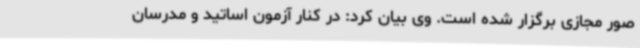
صور مجازی برگزار شده است. وی بیان کرد: در کنار آزمون اساتید و مدرسان